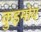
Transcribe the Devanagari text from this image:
कुइमोय